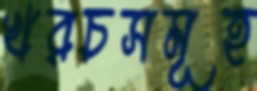
খরচসমূহ